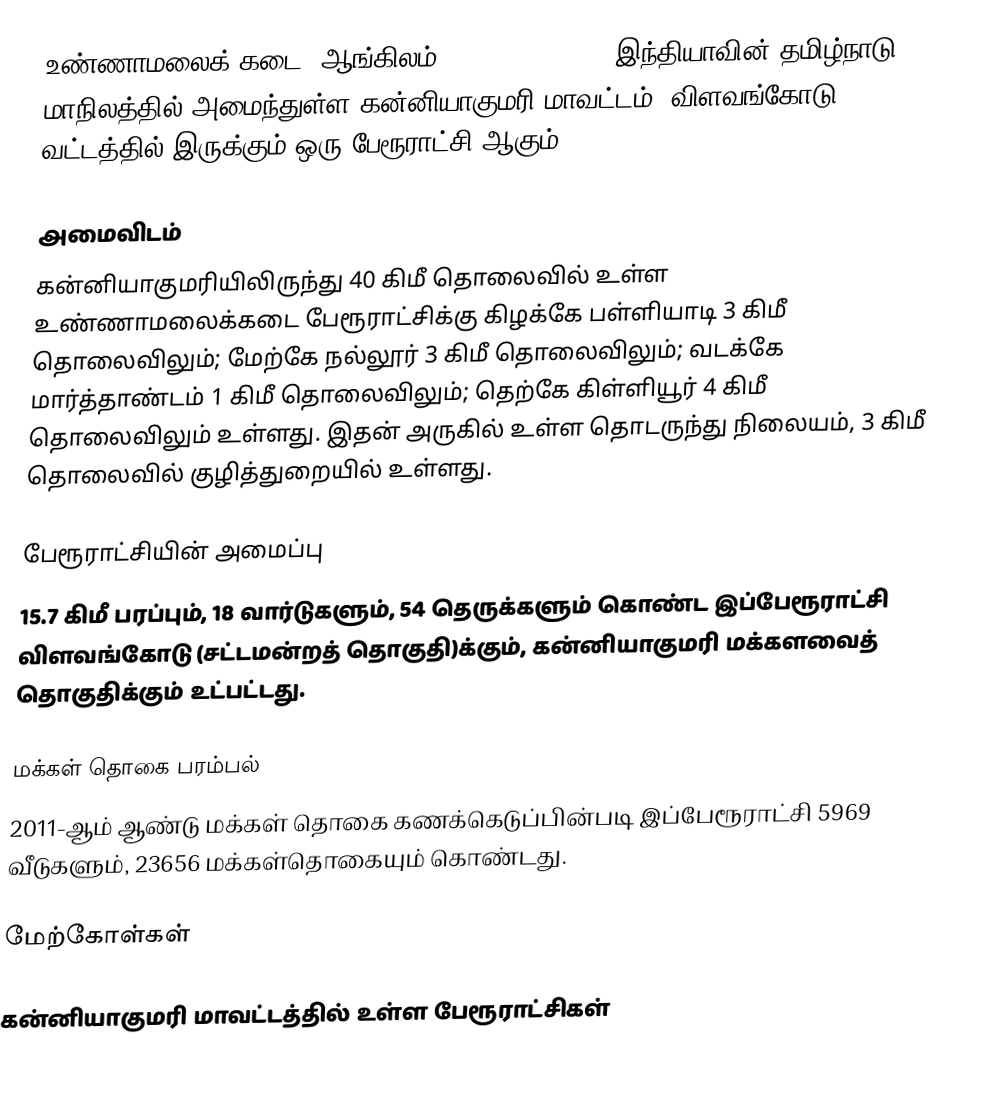
உண்ணாமலைக் கடை (ஆங்கிலம்:Unnamalaikadai), இந்தியாவின் தமிழ்நாடு மாநிலத்தில் அமைந்துள்ள கன்னியாகுமரி மாவட்டம், விளவங்கோடு வட்டத்தில் இருக்கும் ஒரு பேரூராட்சி ஆகும்.

அமைவிடம்
கன்னியாகுமரியிலிருந்து 40 கிமீ தொலைவில் உள்ள உண்ணாமலைக்கடை பேரூராட்சிக்கு கிழக்கே பள்ளியாடி 3 கிமீ தொலைவிலும்; மேற்கே நல்லூர் 3 கிமீ தொலைவிலும்; வடக்கே மார்த்தாண்டம் 1 கிமீ தொலைவிலும்; தெற்கே கிள்ளியூர் 4 கிமீ தொலைவிலும் உள்ளது. இதன் அருகில் உள்ள தொடருந்து நிலையம், 3 கிமீ தொலைவில்  குழித்துறையில் உள்ளது.

பேரூராட்சியின் அமைப்பு
15.7 கிமீ  பரப்பும், 18  வார்டுகளும், 54 தெருக்களும் கொண்ட இப்பேரூராட்சி விளவங்கோடு   (சட்டமன்றத் தொகுதி)க்கும், கன்னியாகுமரி மக்களவைத் தொகுதிக்கும் உட்பட்டது.

மக்கள் தொகை பரம்பல்
2011-ஆம் ஆண்டு மக்கள் தொகை கணக்கெடுப்பின்படி  இப்பேரூராட்சி                           5969 வீடுகளும், 23656 மக்கள்தொகையும் கொண்டது.

மேற்கோள்கள்

கன்னியாகுமரி மாவட்டத்தில் உள்ள பேரூராட்சிகள்